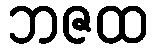
ဘဇထ